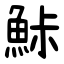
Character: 鮛